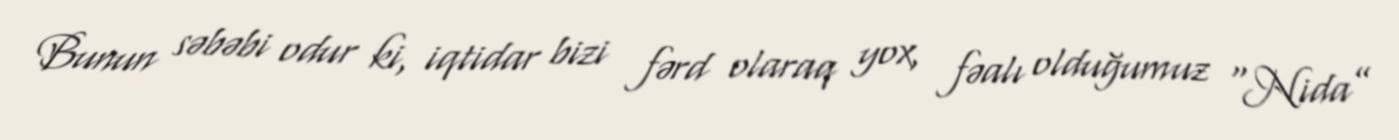
Bunun səbəbi odur ki, iqtidar bizi fərd olaraq yox, fəalı olduğumuz “Nida”